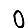
Digit: 0